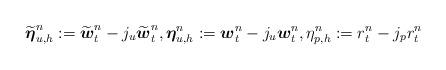
LaTeX: \begin{align*} \widetilde{\boldsymbol{\eta}}_{u,h}^n:=\widetilde{\boldsymbol{w}}_t^n - j_u\widetilde{\boldsymbol{w}}_t^n, \boldsymbol{\eta}_{u,h}^n:=\boldsymbol{w}_t^n - j_u \boldsymbol{w}_t^n, \eta_{p,h}^n:=r_t^n - j_p r_t^n\end{align*}